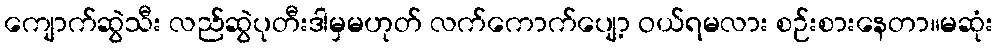
ကျောက်ဆွဲသီး လည်ဆွဲပုတီးဒါမှမဟုတ် လက်ကောက်ပျော့ ဝယ်ရမလား စဉ်းစားနေတာ။မဆုံး